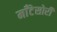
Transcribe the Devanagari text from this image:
माँटेसोरी